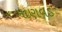
માણવડ